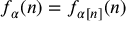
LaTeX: f _ { \alpha } ( n ) = f _ { \alpha [ n ] } ( n )